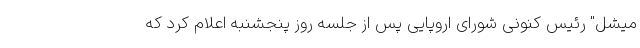
میشل" رئیس کنونی شورای اروپایی پس از جلسه روز پنجشنبه اعلام کرد که